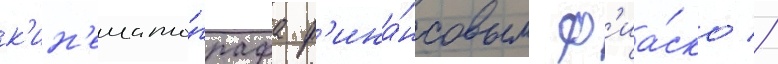
к'ин'емато́графа ф'ина́нсовым ф'иа́ско //